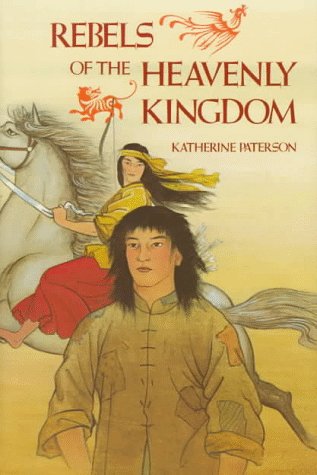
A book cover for Rebels of the Heavenly Kingdom; Katherine Paterson; Teen & Young Adult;